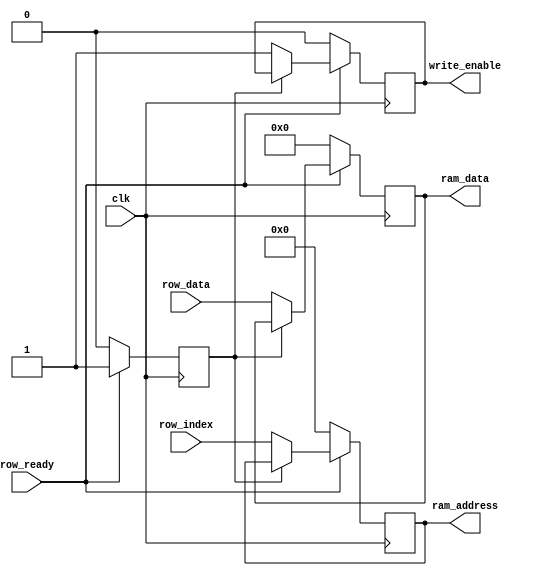
module capture_ram_interface(clk, row_index, row_data, row_ready, ram_address, ram_data, write_enable);

	input clk;
	
	input [7:0] row_index;
	input [319:0] row_data;
	input row_ready;
	
	output reg [7:0] ram_address;
	output reg [319:0] ram_data;
	output reg write_enable;
	
	reg state; // 0 = write first half, 1 = write second half, 2 = wait for new data
	
	initial begin
		state = 0;
	end
	
	wire dbg;
	assign dbg = (row_data > 0);
	
	wire dbg2;
	assign dbg2 = (ram_data > 0);
	
	always @(posedge clk) begin
		if(row_ready == 1) begin
			if(state == 0) begin
				state <= 1;
				
				ram_address <= row_index;
				ram_data <= row_data;
				write_enable <= 1;
			end
			/*if(state == 0) begin
				state <= 1;
				
				ram_address <= row_index * 2;
				ram_data <= row_data[319:160];
				write_enable <= 1;
			end
			if(state == 1) begin
				state <= 2;
				
				ram_address <= (row_index * 2) + 1;
				ram_data <= row_data[159:0];
				write_enable <= 1;
			end*/
		end else begin
			state <= 0;
			
			ram_address <= 0;
			ram_data <= 0;
			
			write_enable <= 0;
		end
	end

endmodule